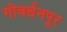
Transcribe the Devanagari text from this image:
गोवर्धनपूर